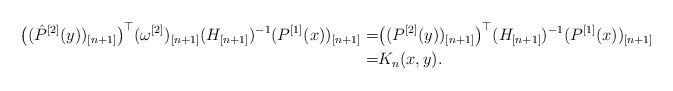
LaTeX: \begin{align*}\big((\hat P^{[2]}(y))_{[n+1]}\big)^\top(\omega^{[2]})_{[n+1]}(H_{[n+1]})^{-1}(P^{[1]}(x))_{[n+1]}=&\big((P^{[2]}(y))_{[n+1]}\big)^\top(H_{[n+1]})^{-1}(P^{[1]}(x))_{[n+1]}\\=&K_{n}(x,y).\end{align*}